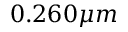
0 . 2 6 0 \mu m